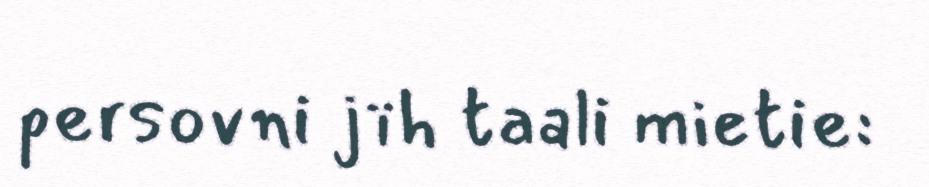
persovni jïh taali mietie: